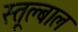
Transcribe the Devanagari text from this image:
स्तूल्बाल